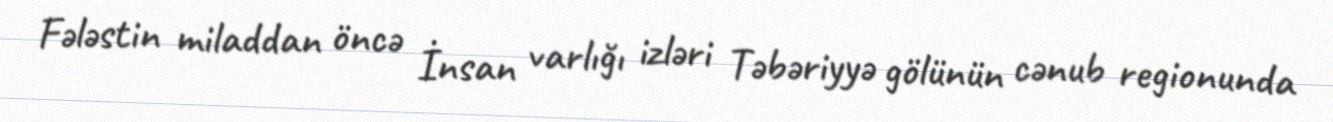
Fələstin miladdan öncə İnsan varlığı izləri Təbəriyyə gölünün cənub regionunda